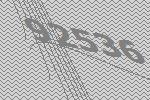
92536